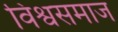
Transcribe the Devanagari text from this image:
विश्वसमाज